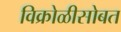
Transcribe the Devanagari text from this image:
विक्रोळीसोबत